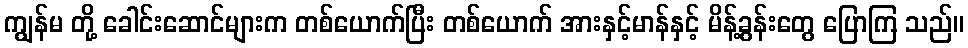
ကျွန်မ တို့ ခေါင်းဆောင်များက တစ်ယောက်ပြီး တစ်ယောက် အားနှင့်မာန်နှင့် မိန့်ခွန်းတွေ ပြောကြ သည်။